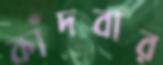
কাঁদবার